65_HS1-834228961_62-HQ-83894_Section_5
Agency: FBI
Page 112
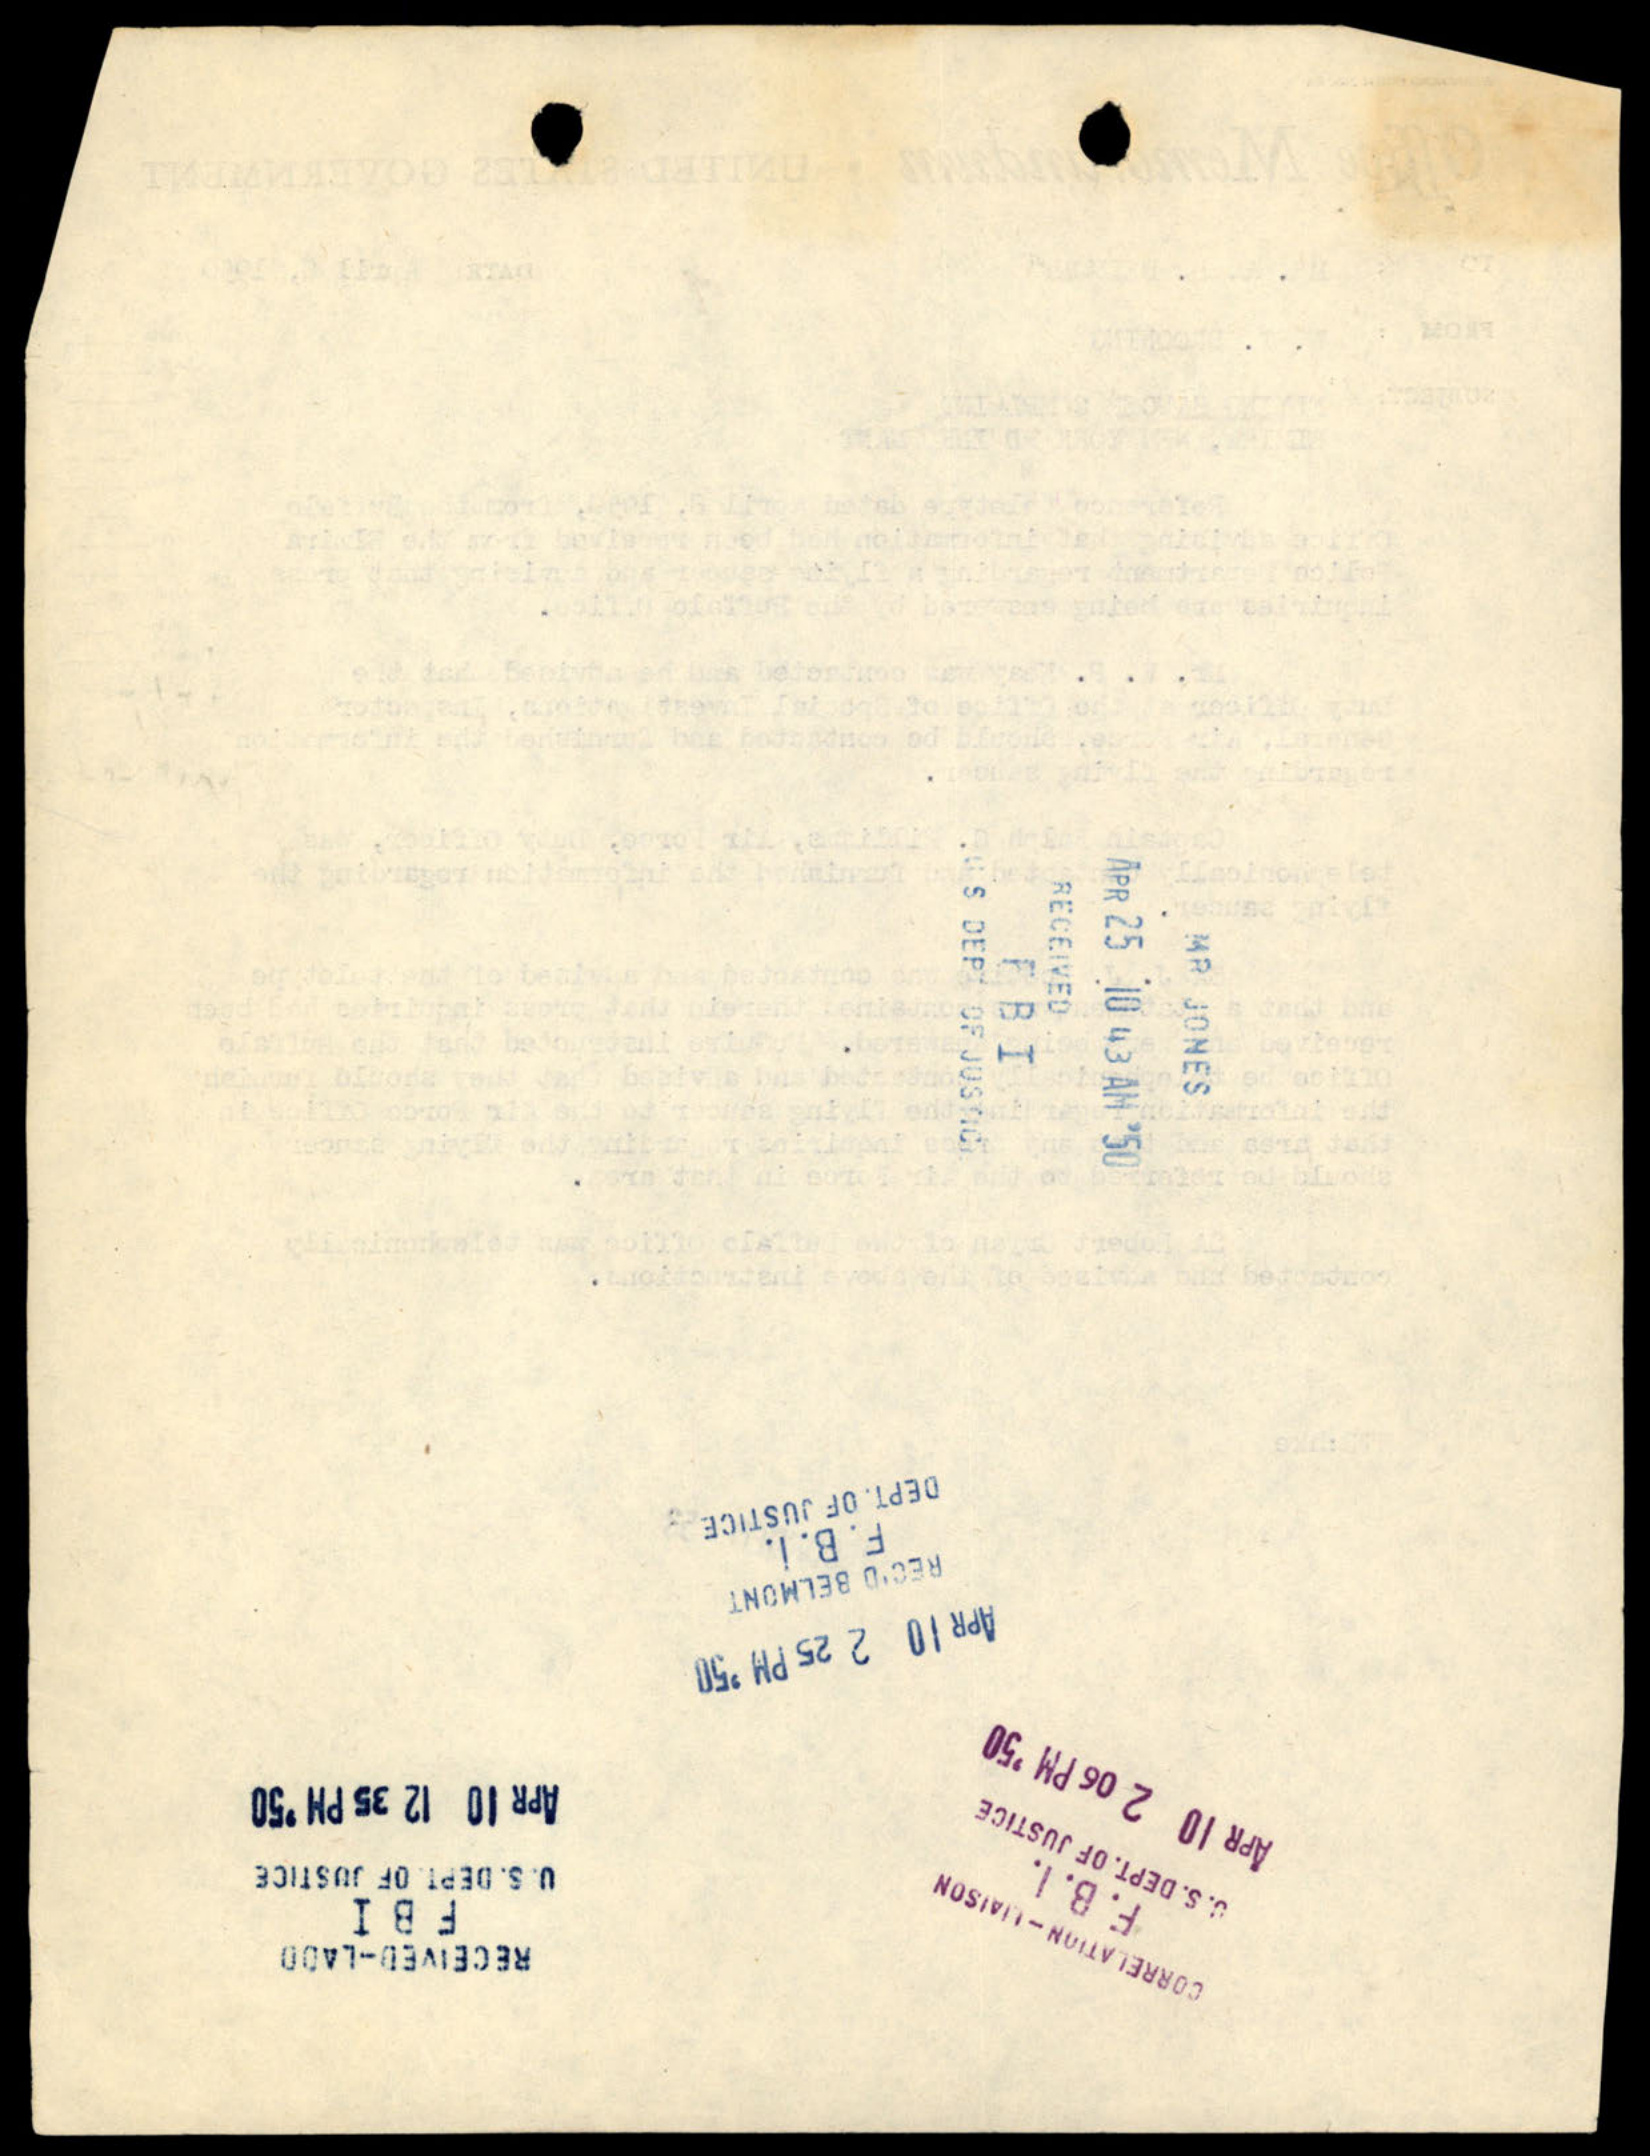